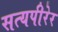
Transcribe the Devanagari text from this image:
सत्यपीरेर